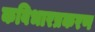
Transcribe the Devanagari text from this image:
कविभारप्रकरण